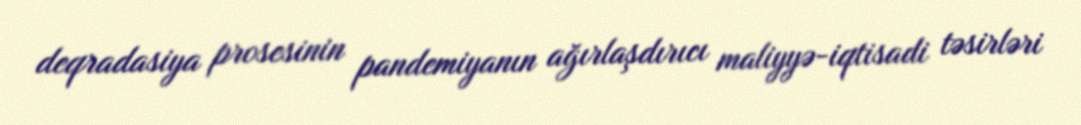
deqradasiya prosesinin pandemiyanın ağırlaşdırıcı maliyyə-iqtisadi təsirləri